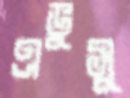
এভুসু